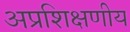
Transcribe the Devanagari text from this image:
अप्रशिक्षणीय